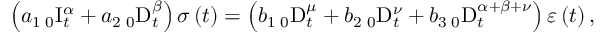
\left( a _ { 1 } \, _ { 0 } \mathrm { I } _ { t } ^ { \alpha } + a _ { 2 } \, _ { 0 } \mathrm { D } _ { t } ^ { \beta } \right) \sigma \left( t \right) = \left( b _ { 1 } \, _ { 0 } \mathrm { D } _ { t } ^ { \mu } + b _ { 2 } \, _ { 0 } \mathrm { D } _ { t } ^ { \nu } + b _ { 3 } \, _ { 0 } \mathrm { D } _ { t } ^ { \alpha + \beta + \nu } \right) \varepsilon \left( t \right) ,